Lunatic asylums United Provinces 1909-1921 - 1909-1921
Year: 1909
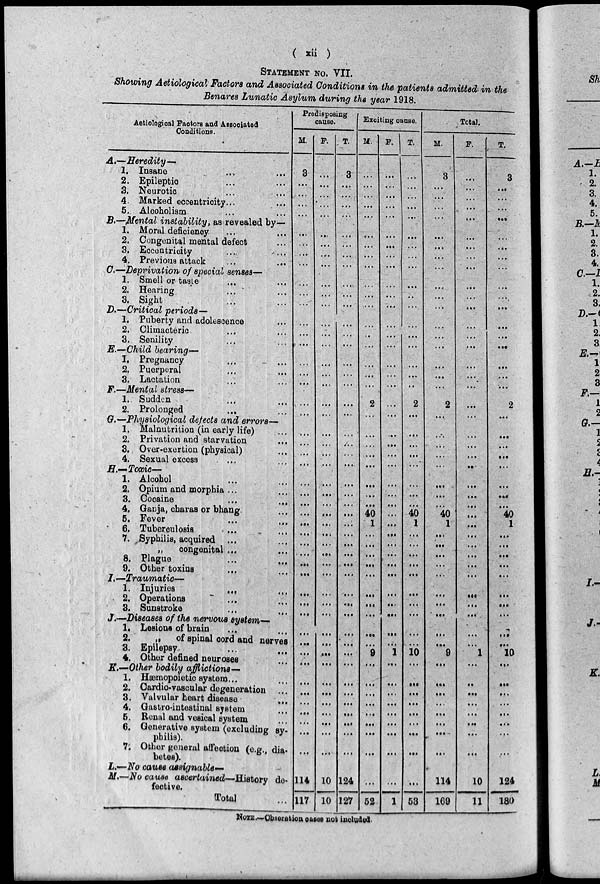
( xii )
STATEMENT NO. VII.
Showing Aetiological Factors and Associated Conditions in the patients admitted in the
Benares Lunatic Asylum during the year 1918.
Aetiological Factors and Associated
Conditions.
A.—Heredity—
1. Insane
...
...
2. Epileptic ... ...
3. Neurotic ... ...
4. Marked eccentricity...
5. Alcoholism ... ...
B.—Mental instability, as revealed by—
1. Moral deficiency ... ...
2. Congenital mental defect ...
3. Eccentricity ... ...
4. Previous attack
...
...
C.—Deprivation of special senses—
1. Smell or taste ... ...
2. Hearing ... ...
3. Sight ... ...
D.—Critical periods—
1. Puberty and adolescence ...
2. Climacteric ... ...
3. Senility ... ...
E.—Child bearing—
1. Pregnancy ... ...
2. Puerperal ... ...
3. Lactation ... ...
F.—Mental stress—
1. Sudden ... ...
2. Prolonged
...
...
G.—Physiological defects and errors—
1. Malnutrition (in early life) ...
2. Privation and starvation ...
3. Over-exertion (physical) ...
4. Sexual excess ... ...
H.—Toxic—
1. Alcohol ... ...
2. Opium and morphia ...
3. Cocaine
...
...
4. Ganja, charas or bhang ...
5. Fever ... ...
6. Tuberculosis
...
7. Syphilis, acquired ...
„
congenital ...
8. Plague
...
...
9. Other toxins
...
I.—Traumatic—
1. Injuries
...
...
2. Operations ... ...
3. Sunstroke ... ...
J.—Diseases of the nervous system—
1. Lesions of brain ... ...
2.
„
of spinal cord and nerves
3. Epilepsy ... ...
4. Other defined neuroses ...
K.—Other bodily afflictions—
1. Hæmopoietic system...
2. Cardio-vascular degeneration ...
3. Valvular heart disease ...
4. Gastro-intestinal system ...
5. Renal and vesical system ...
6. Generative system (excluding sy-
philis).
7. Other general affection (e.g., dia-
betes).
L.—No cause assignable —
M.—No cause ascertained—History de-
fective.
Total ...
Predisposing
cause.
M.
3
...
...
...
...
...
...
...
...
...
...
...
...
...
...
...
...
...
...
...
...
...
...
...
...
...
...
...
...
...
...
...
...
...
...
...
...
...
...
...
...
...
...
...
...
...
...
...
114
117
F.
...
...
...
...
...
...
...
...
...
...
...
.. .
...
...
...
...
...
...
...
...
...
...
...
...
...
...
...
...
...
...
...
...
...
...
...
...
...
...
...
...
...
...
...
...
...
...
...
...
10
10
T.
3
...
...
...
...
...
...
...
...
...
...
...
...
...
...
...
...
...
...
...
...
...
...
...
...
...
...
...
...
...
...
...
...
...
...
...
...
...
...
...
...
...
...
...
...
...
...
...
124
127
Exciting cause.
M.
...
...
...
...
...
...
...
...
...
...
...
...
...
...
...
...
...
...
2
...
...
...
...
...
...
...
40
1
...
...
...
...
...
...
...
...
...
...
9
...
...
...
...
...
...
...
...
...
52
F.
...
...
...
...
...
...
...
...
...
...
...
...
...
...
...
...
...
...
...
...
...
...
...
...
...
...
...
...
...
...
...
...
...
...
...
...
...
...
...
1
...
...
...
...
...
...
...
...
...
1
T.
...
...
...
...
...
...
...
...
...
...
...
...
...
...
...
...
...
...
2
...
...
...
...
...
...
...
...
40
1
...
...
...
...
...
...
...
...
...
...
10
...
...
...
...
...
...
...
...
...
53
Total.
M.
3
...
...
...
...
...
...
...
...
...
...
...
...
...
...
...
...
2
...
...
...
...
...
...
...
...
40
1
...
...
...
...
...
...
...
...
...
...
9
...
...
...
...
...
...
...
...
114
169
F.
...
...
...
...
...
...
...
...
...
...
...
...
...
...
...
...
...
...
...
...
...
...
...
...
...
...
...
...
...
...
...
...
...
...
...
...
...
...
...
1
...
...
...
...
...
...
...
...
10
11
T.
3
...
...
...
...
...
...
...
...
...
...
...
...
...
...
...
...
...
2
...
...
...
...
...
...
...
...
40
1
...
...
...
...
...
...
...
...
...
...
10
...
...
...
...
...
...
...
...
124
180
NOTE. —Observat i on cases not included.